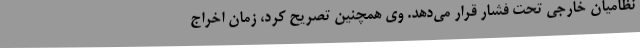
نظامیان خارجی تحت فشار قرار می‌دهد. وی همچنین تصریح کرد، زمان اخراج